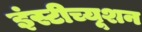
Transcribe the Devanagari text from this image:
इंस्टीच्यूशन